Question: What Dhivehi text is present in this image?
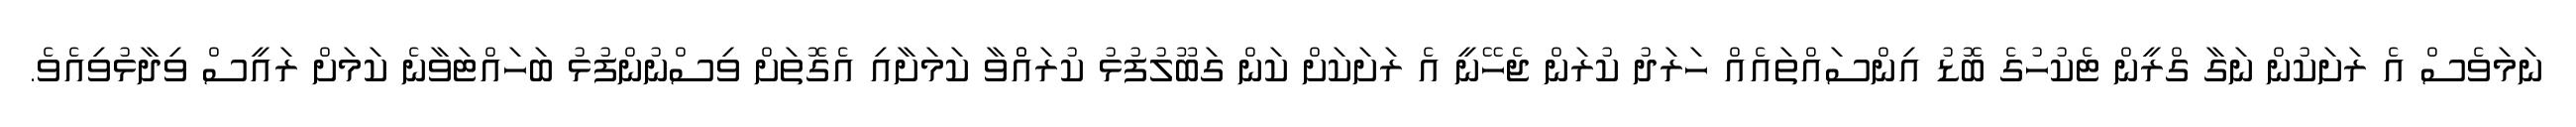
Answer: ނަމަވެސް އެ ރަށަކުން ނަގާ ގްރީން ޓެކުހުގެ ބޮޑު އިންސައްތައެއް ހަރަދު ކުރަން ޖެހޭނީ އެ ރަށަކަށް ކަން ގަބޫލުފުޅު ކުރައްްވާ ކަމަށާއި އެގޮތަށް ވިސްނުންފުޅު ބަހައްޓަވާނެ ކަމަށް ރައީސް ވިދާޅުވިއެވެ.